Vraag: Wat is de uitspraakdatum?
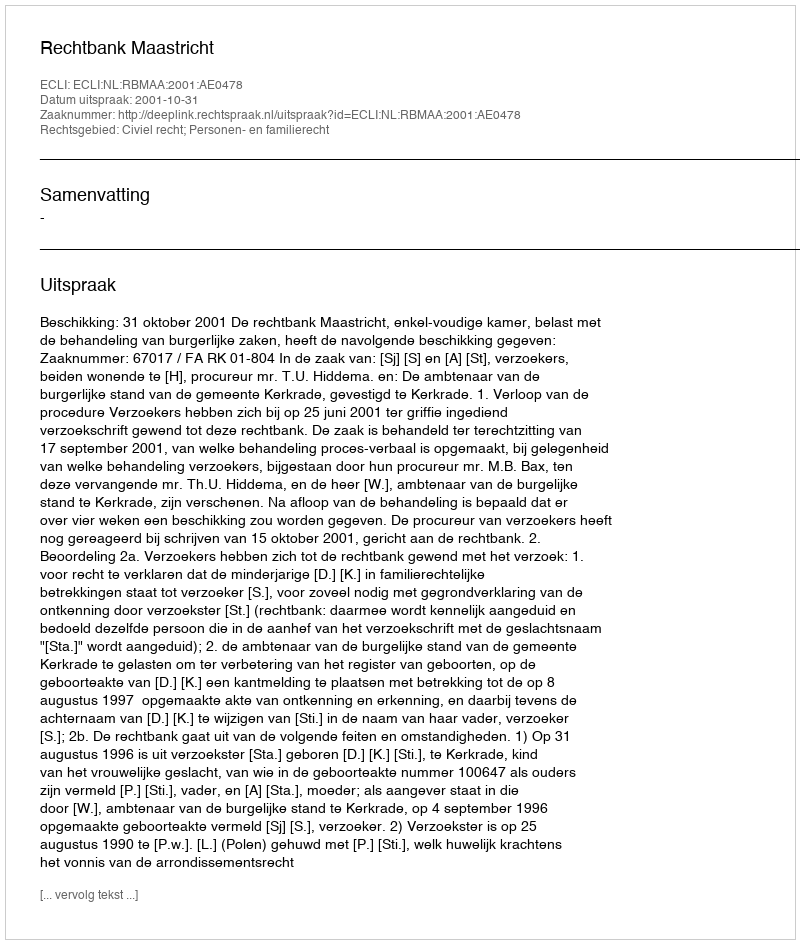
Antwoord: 2001-10-31